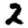
Digit: 2